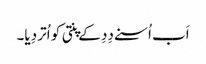
اَب اُسنے دِدِ کے پنتی کو اُتر دِیا۔